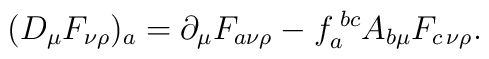
( D_\mu F_{\nu \rho} )_a			=			\partial_\mu F_{a \nu \rho}			- f_a^{\; bc} A_{b \mu} F_{c \, \nu \rho}.